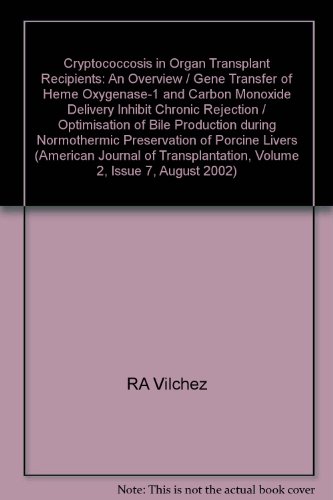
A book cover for Cryptococcosis in Organ Transplant Recipients: An Overview / Gene Transfer of Heme Oxygenase-1 and Carbon Monoxide Delivery Inhibit Chronic Rejection / Optimisation of Bile Production during Normothermic Preservation of Porcine Livers (American Journal of Transplantation, Volume 2, Issue 7, August 2002); RA Vilchez; Health, Fitness & Dieting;